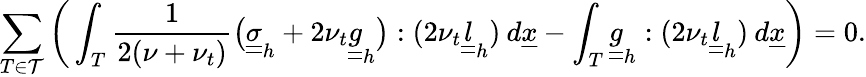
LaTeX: \sum_{T\in\mathcal{T}}\bigg(\int_{T}\frac{1}{2(\nu+\nu_{t})}\big(\underline{{\underline{{\sigma}}}}_{h}+2\nu_{t}\underline{{\underline{{g}}}}_{h}\big):(2\nu_{t}\underline{{\underline{{l}}}}_{h})\: d\underline{{x}}-\int_{T}\underline{{\underline{{g}}}}_{h}:(2\nu_{t}\underline{{\underline{{l}}}}_{h})\: d\underline{{x}}\bigg)=0.